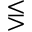
\lesseqgtr